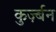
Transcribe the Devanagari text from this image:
कुर्ज़्बन